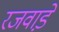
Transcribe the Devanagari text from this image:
रजवाडे़